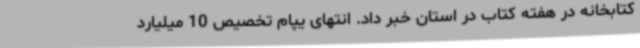
کتابخانه در هفته کتاب در استان خبر داد. انتهای یپام تخصیص 10 میلیارد